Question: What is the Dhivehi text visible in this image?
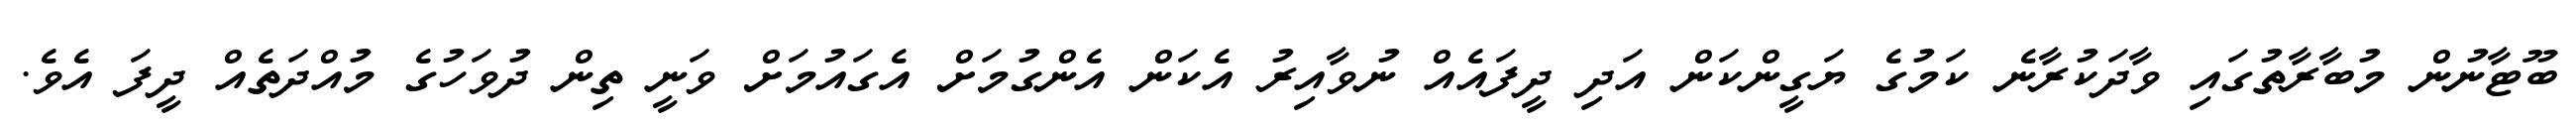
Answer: ބޫޓާނުން މުބާރާތުގައި ވާދަކުރާނެ ކަމުގެ ޔަގީންކަން އަދި ދީފައެއް ނުވާއިރު އެކަން އެންގުމަށް އެގައުމަށް ވަނީ ތިން ދުވަހުގެ މުއްދަތެއް ދީފަ އެވެ.